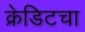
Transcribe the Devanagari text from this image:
क्रेडिटचा